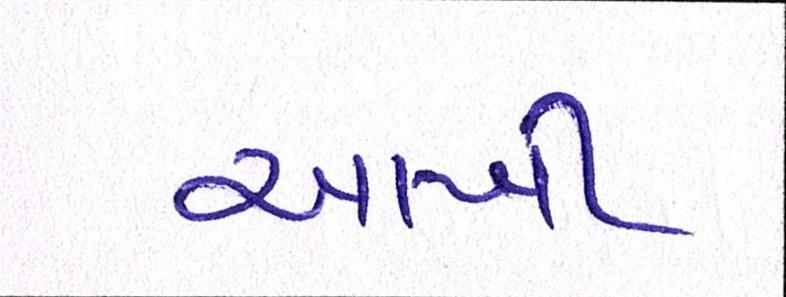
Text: આખી